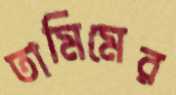
তামিমের